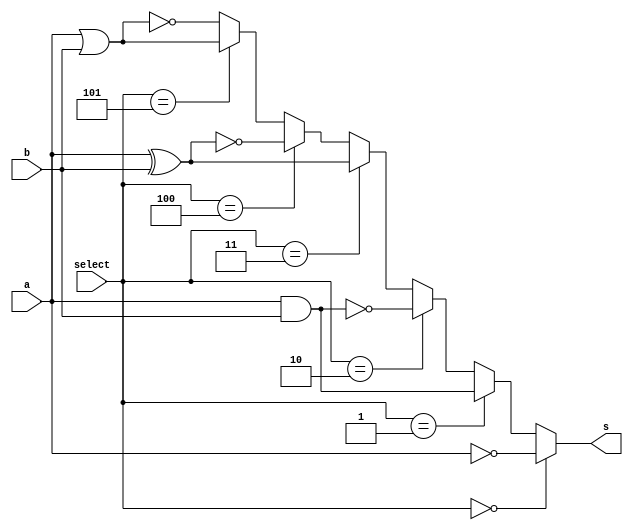
// -------------------------
// Guia 0705
// Nome: Arthur Martinho Medeiros Oliveira
// -------------------------
module Guia_0705 (
    output s, // Sada selecionvel
    input a,  // Entrada a
    input b,  // Entrada b
    input [2:0] select // Chave de seleo (000 para NOT, 001 para AND, 010 para NAND, 011 para XOR, 100 para XNOR, 101 para OR, 110 para NOR)
);

wire not_output;
wire and_output;
wire nand_output;
wire xor_output;
wire xnor_output;
wire or_output;
wire nor_output;

// Implementao das operaes
not NOT1 (not_output, a);
and AND1 (and_output, a, b);
nand NAND1 (nand_output, a, b);
xor XOR1 (xor_output, a, b);
xnor XNOR1 (xnor_output, a, b);
or OR1 (or_output, a, b);
nor NOR1 (nor_output, a, b);

// Selecionar a sada com base na chave de seleo
assign s = (select == 3'b000) ? not_output :
             (select == 3'b001) ? and_output :
             (select == 3'b010) ? nand_output :
             (select == 3'b011) ? xor_output :
             (select == 3'b100) ? xnor_output :
             (select == 3'b101) ? or_output : nor_output;

endmodule

module test_Guia_0705;

    reg a;
    reg b;
    reg [2:0] select;
    wire s;

    // Instanciar a unidade lgica (LU) para teste
    Guia_0705 myLU (
        .s(s),
        .a(a),
        .b(b),
        .select(select)
    );

    // Inicializao
    initial begin
        $display("Guia_0705 - Teste da Unidade Lgica");
        $display(" a b select s");

        // Teste 1: NOT selecionado (select = 000)
        a = 1'b0; b = 1'b1; select = 3'b000;
        #1 $monitor("%b %b %b %b", a, b, select, s);

        // Teste 2: AND selecionado (select = 001)
        a = 1'b1; b = 1'b1; select = 3'b001;
        #1 $monitor("%b %b %b %b", a, b, select, s);

        // Teste 3: NAND selecionado (select = 010)
        a = 1'b1; b = 1'b0; select = 3'b010;
        #1 $monitor("%b %b %b %b", a, b, select, s);

        // Teste 4: XOR selecionado (select = 011)
        a = 1'b0; b = 1'b1; select = 3'b011;
        #1 $monitor("%b %b %b %b", a, b, select, s);

        $finish;
    end

endmodule